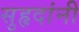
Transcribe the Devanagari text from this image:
सुहृदांनी